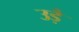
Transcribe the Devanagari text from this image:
उड़ै